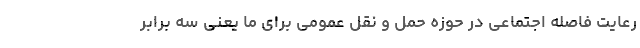
رعایت فاصله اجتماعی در حوزه حمل و نقل عمومی برای ما یعنی سه برابر